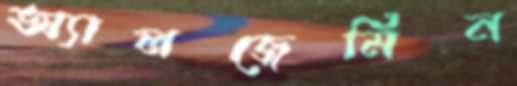
অ্যালজেমিন